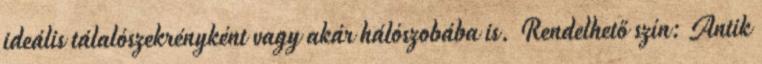
ideális tálalószekrényként vagy akár hálószobába is. Rendelhető szín: Antik